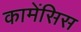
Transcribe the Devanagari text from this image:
कामेंसिस